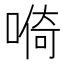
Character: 𱓺